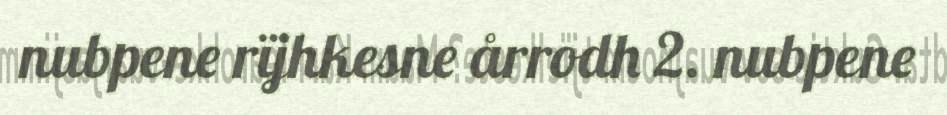
nubpene rïjhkesne årrodh 2. nubpene